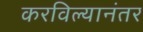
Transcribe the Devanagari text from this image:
करविल्यानंतर